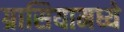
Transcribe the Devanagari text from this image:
ग्रासियामध्ये